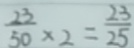
\frac { 2 3 } { 5 0 } \times 2 = \frac { 2 3 } { 2 5 }